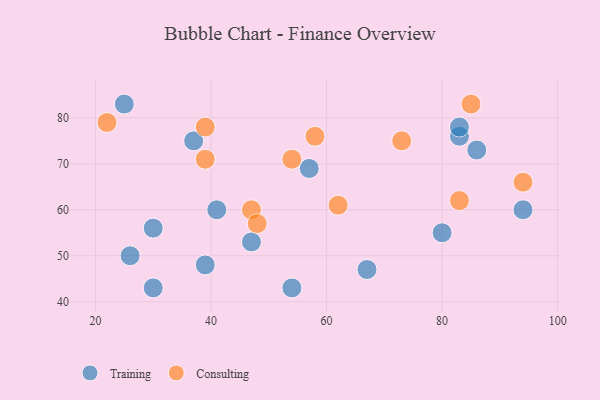
{"axis": {"x": "GDP", "y": "Life Expectancy"}, "legend": ["Consulting", "Training"], "data": [{"x": "26", "y": 50, "type": "Training"}, {"x": "41", "y": 60, "type": "Training"}, {"x": "80", "y": 55, "type": "Training"}, {"x": "83", "y": 76, "type": "Training"}, {"x": "57", "y": 69, "type": "Training"}, {"x": "37", "y": 75, "type": "Training"}, {"x": "94", "y": 60, "type": "Training"}, {"x": "83", "y": 78, "type": "Training"}, {"x": "25", "y": 83, "type": "Training"}, {"x": "30", "y": 56, "type": "Training"}, {"x": "39", "y": 48, "type": "Training"}, {"x": "30", "y": 43, "type": "Training"}, {"x": "47", "y": 53, "type": "Training"}, {"x": "54", "y": 43, "type": "Training"}, {"x": "86", "y": 73, "type": "Training"}, {"x": "67", "y": 47, "type": "Training"}, {"x": "39", "y": 71, "type": "Consulting"}, {"x": "73", "y": 75, "type": "Consulting"}, {"x": "47", "y": 60, "type": "Consulting"}, {"x": "39", "y": 78, "type": "Consulting"}, {"x": "58", "y": 76, "type": "Consulting"}, {"x": "83", "y": 62, "type": "Consulting"}, {"x": "85", "y": 83, "type": "Consulting"}, {"x": "48", "y": 57, "type": "Consulting"}, {"x": "94", "y": 66, "type": "Consulting"}, {"x": "22", "y": 79, "type": "Consulting"}, {"x": "54", "y": 71, "type": "Consulting"}, {"x": "62", "y": 61, "type": "Consulting"}]}